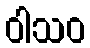
ဝါသဝ